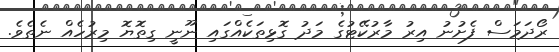
ރޯދަމަސް ފެށުނު އިރު މާރުކޭޓުގެ މަދު ގޮޅިތަކެއްގައި ނޫނީ ގިތޮޔޮ މިރުހެއް ނެތެވެ.